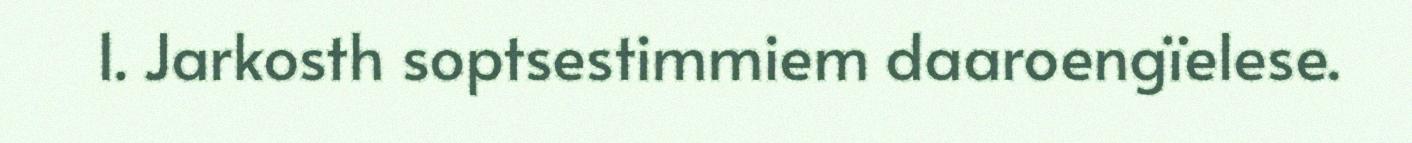
1. Jarkosth soptsestimmiem daaroengïelese.